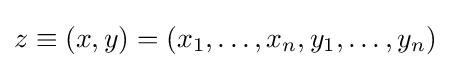
z\equiv (x,y)=(x_{1},\ldots ,x_{n},y_{1},\ldots ,y_{n})